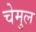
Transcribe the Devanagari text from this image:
चेमुल